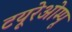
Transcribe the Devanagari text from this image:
टयूरेओम्पू